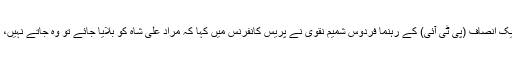
سندھ اسمبلی میں اپوزیشن لیڈر اور پاکستان تحریک انصاف (پی ٹی آئی) کے رہنما فردوس شمیم نقوی نے پریس کانفرنس میں کہا کہ مراد علی شاہ کو بلایا جائے تو وہ جاتے نہیں، امتیاز شیخ کے خلاف بھی تحقیقات ہونی چاہییں۔